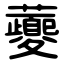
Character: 虁